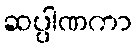
ဆပ္ပါဏကာ